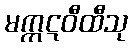
မက္ကဋဝီထီသု